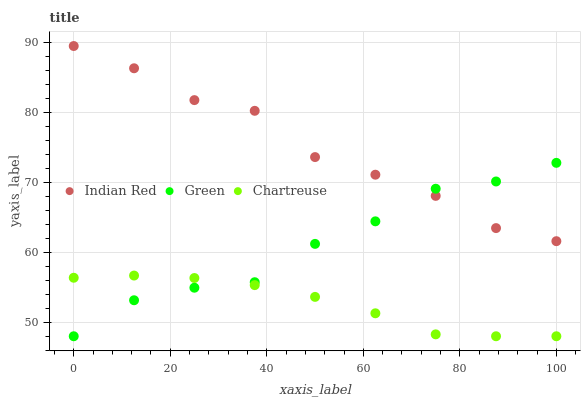
| xaxis_label | Indian Red | Green | Chartreuse |
 | --- | --- | --- | --- |
 | 0 | 89.5 | 48 | 56.4 |
 | 12.5 | 86.3 | 53.2 | 56.7 |
 | 25 | 81.8 | 54.9 | 56.3 |
 | 37.5 | 80.3 | 55.7 | 55.3 |
 | 50 | 73.6 | 61.2 | 53.6 |
 | 62.5 | 71.1 | 64.4 | 51.3 |
 | 75 | 68.1 | 69.1 | 48.3 |
 | 87.5 | 63.5 | 70.1 | 48 |
 | 100 | 61.6 | 72.8 | 48 |